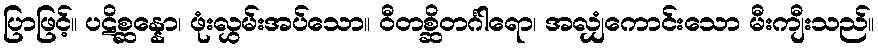
ပြာဖြင့်။ ပဋိစ္ဆန္နော၊ ဖုံးလွှမ်းအပ်သော။ ဝီတစ္ဆိတင်္ဂါရော၊ အလျှံကောင်းသော မီးကျီးသည်။